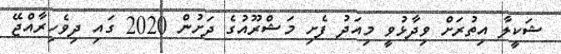
ޝަކީލާ އިތުރަށް ވިދާޅުވީ މިއަދު ފެށި މަޝްރޫއުގެ ދަށުން 2020 ގައި ދިވެހިރާއްޖޭ